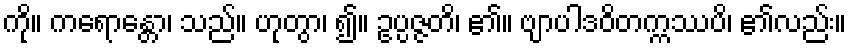
ကို။ ကရောန္တော၊ သည်။ ဟုတွာ၊ ၍။ ဥပ္ပဇ္ဇတိ၊ ၏။ ဗျာပါဒဝိတက္ကဿပိ၊ ၏လည်း။